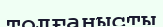
толғанысты